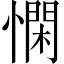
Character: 𢡿